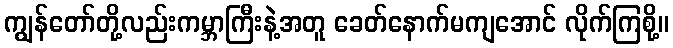
ကျွန်တော်တို့လည်းကမ္ဘာကြီးနဲ့အတူ ခေတ်နောက်မကျအောင် လိုက်ကြစို့။